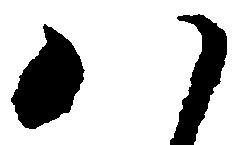
八